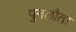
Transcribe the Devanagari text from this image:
पुनलौता